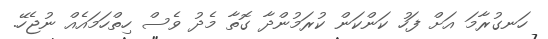
ހަނގުރާމަ އަށް ފަހު ކަންކަން ކުރަމުންދާ ގޮތާ މެދު ވެސް ހިތްހަމައެއް ނުޖެހޭ.